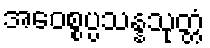
အဝေစ္စပ္ပသန္နသုတ္တံ